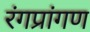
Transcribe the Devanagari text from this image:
रंगप्रांगण